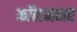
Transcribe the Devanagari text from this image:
कॉलमनर